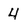
Character: 4